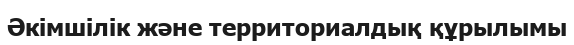
Әкімшілік және территориалдық құрылымы